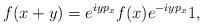
LaTeX: \begin{align*} f(x+y)= e^{iyp_x}f(x)e^{-iyp_x}1,\end{align*}